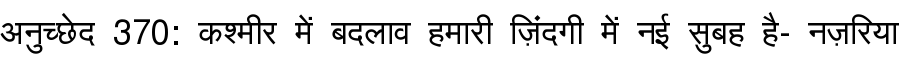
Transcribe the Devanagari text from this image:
अनुच्छेद 370: कश्मीर में बदलाव हमारी ज़िंदगी में नई सुबह है- नज़रिया